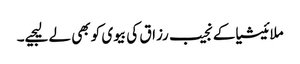
ملائیشیاکے نجیب رزاق کی بیوی کو بھی لے لیجیے۔